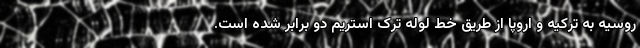
روسیه به ترکیه و اروپا از طریق خط لوله ترک استریم دو برابر شده است.